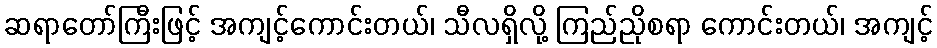
ဆရာတော်ကြီးဖြင့် အကျင့်ကောင်းတယ်၊ သီလရှိလို့ ကြည်ညိုစရာ ကောင်းတယ်၊ အကျင့်